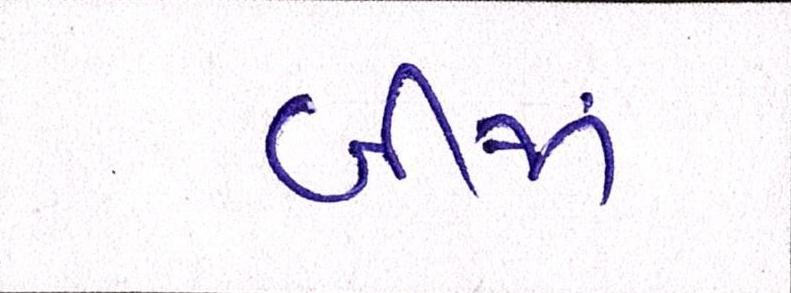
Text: બીજાં